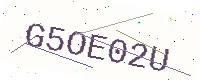
Text: G5OE02U